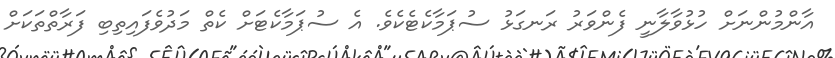
އާންމުންނަށް ހުޅުވާލާނީ ފެންވަރު ރަނގަޅު ސުޕަމާކެޓެކެވެ. އެ ސުޕަމާކެޓަށް ކެތް މަދުވެފައިތިބި ފަރާތްތަކަށް